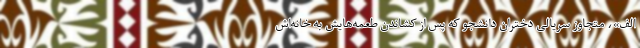
الف»، متجاوز سریالی دختران دانشجو که پس از کشاندن طعمه‌هایش به خانه‌اش